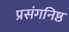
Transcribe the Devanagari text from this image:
प्रसंगनिष्ठ